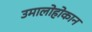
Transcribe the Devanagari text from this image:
उमालोहोकान